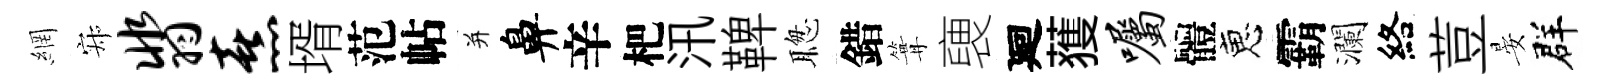
網寂翡熹壻范帖并鼻辛杷汛鞞聦錯篝褏廻𫉬嘱體恵霸瀾絡荳晏群